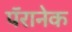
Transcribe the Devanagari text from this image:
पॅरानेक